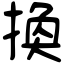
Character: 換